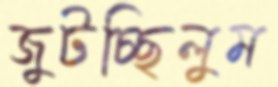
জুটচ্ছিলুম